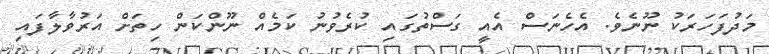
މަދުފަހަރަކު ނޫނެވެ. އެހެނަަސް އެއީ ގަސްތުގައި ކުރެވުނު ކަމެއް ނޫންކަން ހިތަށް އަރުވާލާފައި